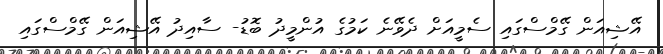
އޭޝިއަން ގޭމްސްގައި ސެމީއަށް ދެވޭނެ ކަމުގެ އުންމީދު ބޮޑު- ސާއިދު އޭޝިއަން ގޭމްސްގައި